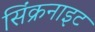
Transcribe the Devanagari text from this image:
सिंक्रनाइट